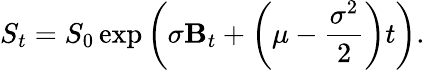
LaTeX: S_{t}=S_{0}\exp\left(\sigma\mathbf{B}_{t}+\left(\mu-{\frac{{\sigma^{2}}}{{2}}}\right)t\right).